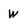
Character: w